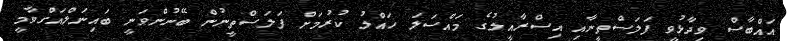
އައްބާސް ވިދާޅުވީ ފަލަސްތީނާއި އިސްރާއީލުގެ މައްސަލަ ހައްލު ކުރުމަށް ފަލަސްތީނުން ބޭނުންވަނީ ބައިނަލްއަގްވާމީ